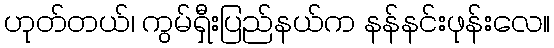
ဟုတ်တယ်၊ ကွမ်ရှီးပြည်နယ်က နန်နင်းဖုန်းလေ။